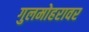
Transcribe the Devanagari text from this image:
गुलमोहरावर